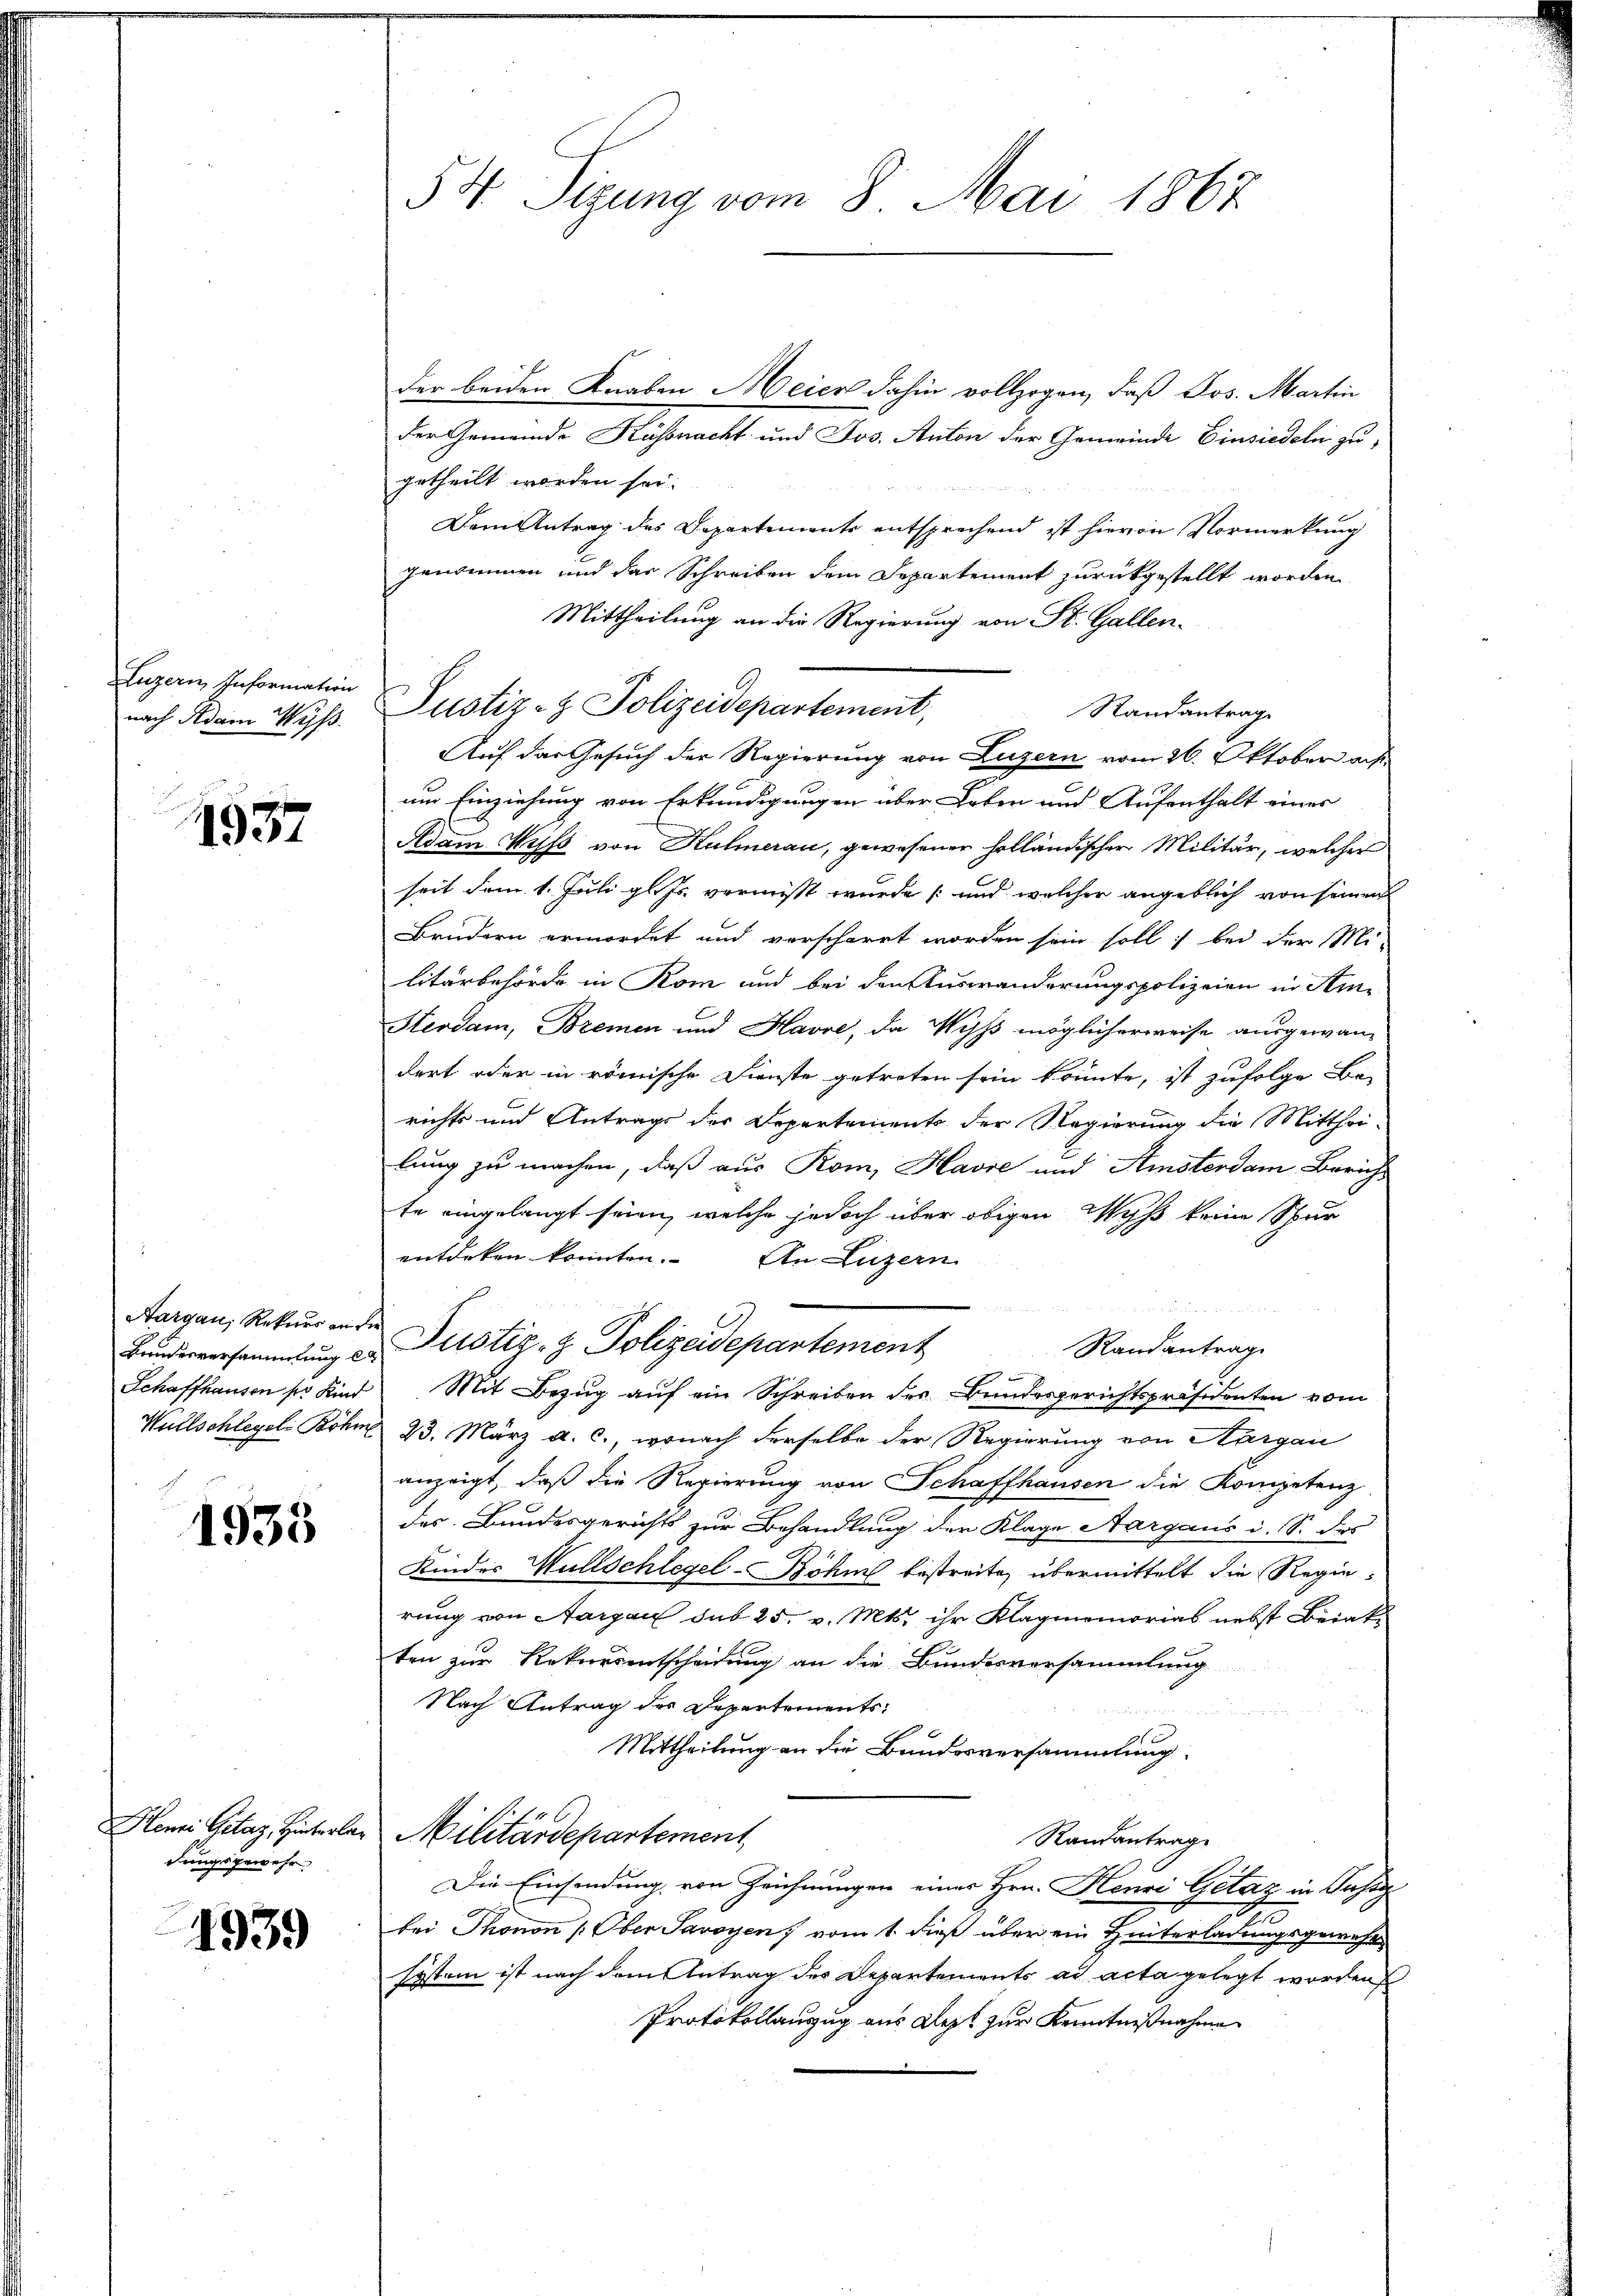
Luzern Information
nach Adam Wyss.

1937

Aargau, Rekurs an de
Brandesversammlung la
Schaffhausen sr Kind
Wüllschlegel: Böhm

1933

Henri Gelaz, Hinterladungsgewehr

1939

54 Sizung vom 8. Mai 1867

der beiden Knaben Meier dahin vollzogen, daß Jos. Martin
der Gemeinde Küssnacht und Jos. Anton der Gemeinde Einsiedeln zugetheilt worden sei.
Dem Antrag des Departemente entsprechend ist hievon Vormerkung
genommen und das Schreiben dem Departement zurückgestellt worden,
Mittheilung an die Regierung von St. Gallen.
Standantrage
Auf das Gesuch der Regierung von Luzern vom 26. Oktober auf
um Einziehung von Erkundigungen über Leben und Aufenthalt eines
Adam Kuss von Halmerau, gewesener holländischer Militär, welcher
seit dem 1. Juli gl. Js. vermisst wurde und welcher angeblich von seinen
Brudern ermordet und verscharrt worden sein soll; bei der Militärbehörde in Rom und bei den Auswanderungspolizeien in Hin¬
Herdam, Bremen und Havre, da Wyß möglicherweise ausgewan-
dert oder in römische Dienste getreten sein könnte, ist zufolge Be-
richts und Antrags der Departements der Regierung die Mitthei-
lung zu machen, daß aus Rom, Havre und Amsterdam Zürich
te eingelangt seien, welche jedoch über obigen Myß keine Spur
entdeken konnten. An Luzern
Justiz- & Polizeidepartement
Randantrag
n
Mit Bezug auf ein Schreiben der Bundesgerichtspräsidenten vom
23. März a. c., wonach derselbe der Regierung von Aargau
anzeigt, daß die Regierung von Schaffhausen die Kompetenz
des Bundesgerichts zur Behandlung der Klage Aargaus i. S. das
Kinder Wullschlegel-Böhne bestreite, übermittelt die Regierung von Aargau sub 25. v. Mts. ihr Klagmemorias nebst Briakten zur Rekurrentscheidung an die Bundesversammlung
Nach Antrag des Departements
Mittheilung an die Bundesversammlung
Militärdepartement,
Randantrag
Die Einsendung von Zeichnungen einer Hrn. Henri Gelaz in Pass
bei Thonon (Ober Savoyen, vom 1. dieß über ein Hinterladungsgewese
system ist nach dem Antrag des Departements ad acta gelegt worden
Protokollauszug aus Rest zur Kenntnißnahme

Justiz- & Polizeidepartement,